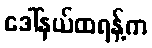
ဒေါ်နယ်ထရန့်က